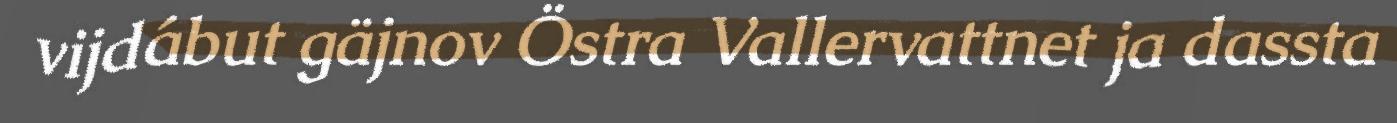
vijdábut gäjnov Östra Vallervattnet ja dassta